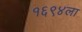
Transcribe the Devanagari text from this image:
१६९४ला